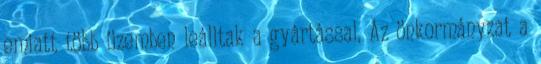
emiatt több üzemben leálltak a gyártással. Az önkormányzat a